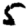
Digit: 5